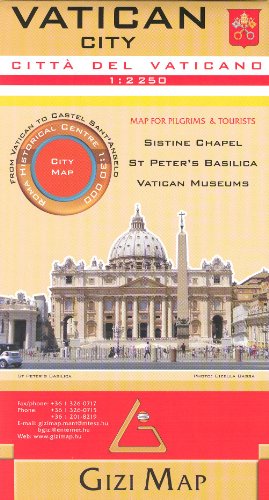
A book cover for Vatican (Rome, Italy) 1:2,250 Visitor's Map incl. St.Peter's Basilica plan GIZI, 2013 edition; Gizi; Travel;